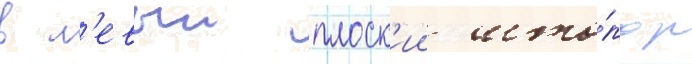
в л'евыи плоск'ии што́пор